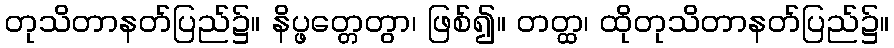
တုသိတာနတ်ပြည်၌။ နိပ္ဖတ္တေတွာ၊ ဖြစ်၍။ တတ္ထ၊ ထိုတုသိတာနတ်ပြည်၌။